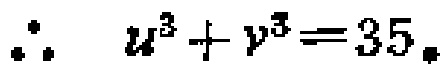
\(\therefore\ u^{3}+v^{3}=35.\)